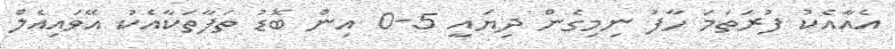
އެއާއެކު ފުރަތަމަ ހާފު ނިމިގެން ދިޔައީ 5-0 އިން ބޮޑު ތަފާތަކާއެކު އޭވައިއެލް